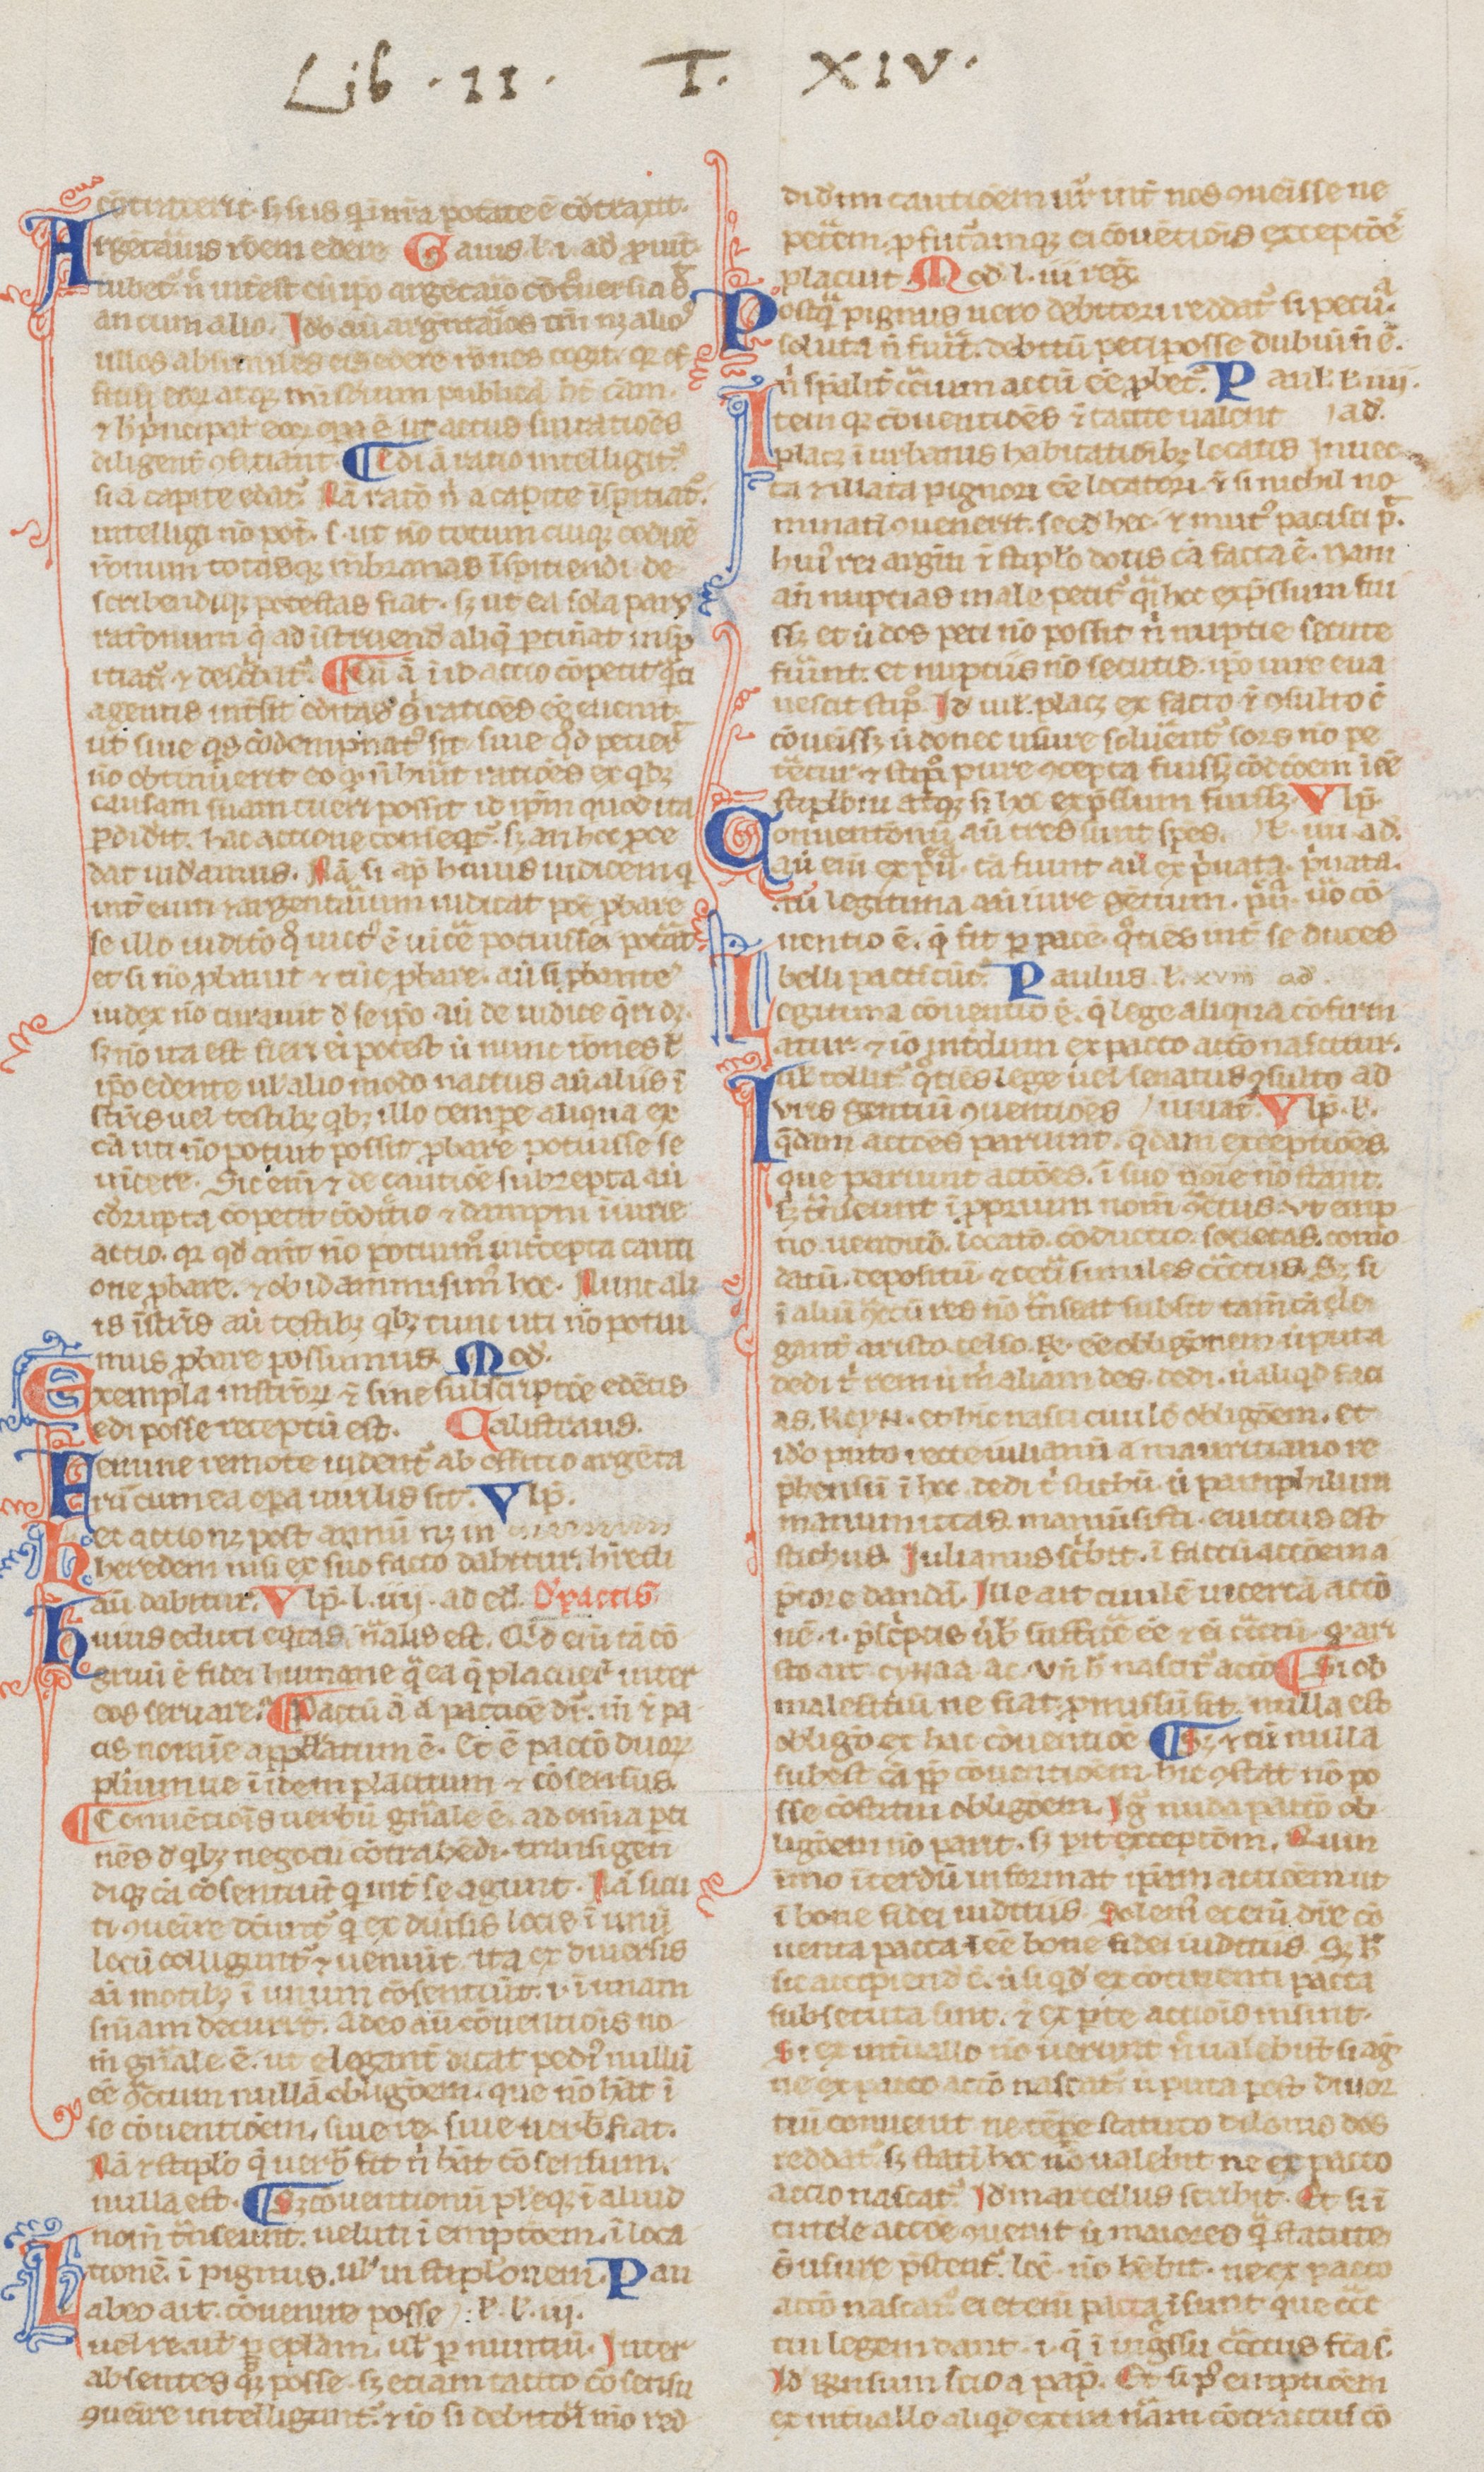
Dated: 1235–1265